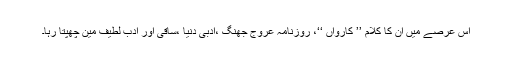
اس عرصے میں ان کا کلام ’’ کارواں ‘‘، روزنامہ عروج جھنگ ،ادبی دنیا ،ساقی اور ادب لطیف مین چھپتا رہا۔